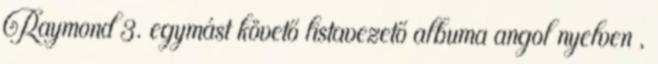
Raymond 3. egymást követő listavezető albuma angol nyelven ,